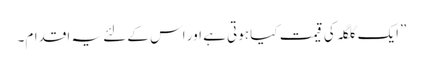
”ایک گلگلہ کی قیمت کیا ہوتی ہے اور اس کے لئے یہ اقدام۔